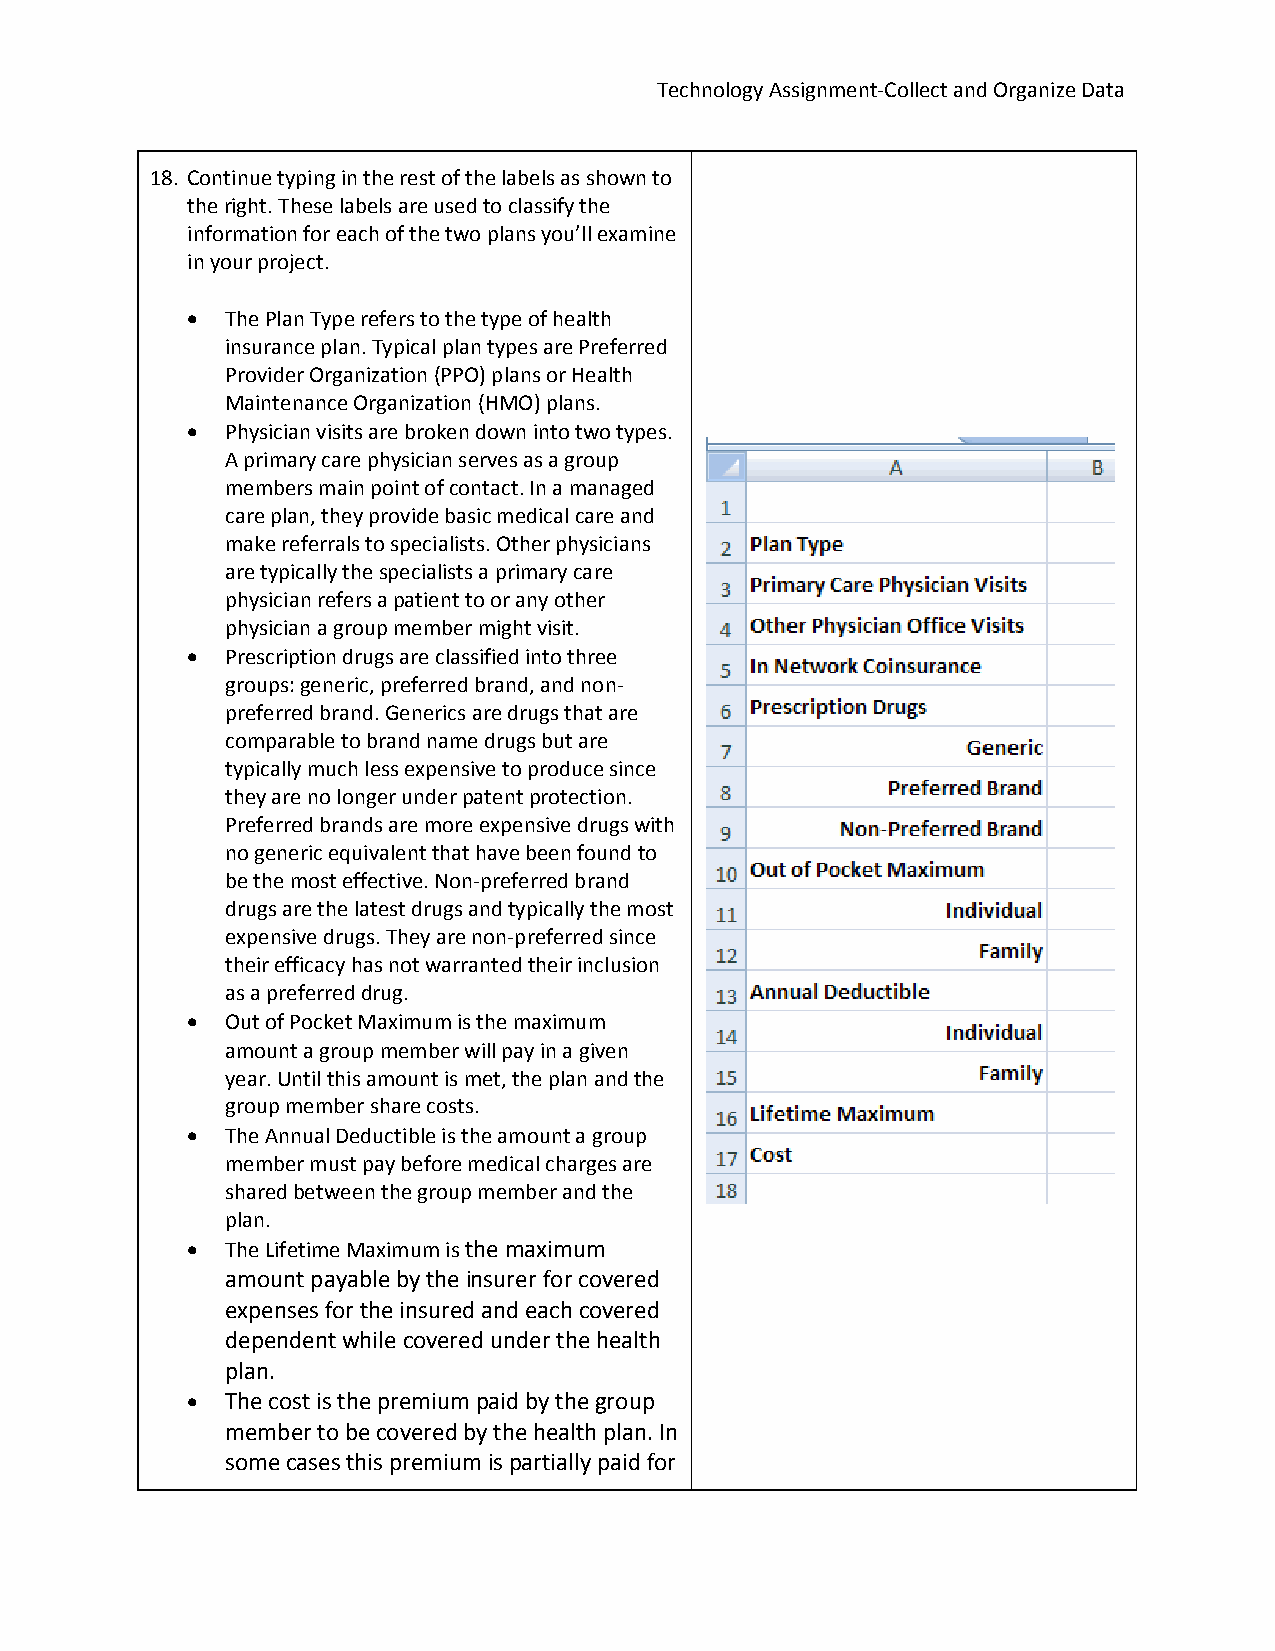
Technology Assignment‐Collect and Organize Data
 18. Continue typing in the rest of the labels as shown to
 the right. These labels are used to classify the
 information for each of the two plans you’ll examine
 in your project.
   The Plan Type refers to the type of health
 insurance plan. Typical plan types are Preferred
 Provider Organization (PPO) plans or Health
 Maintenance Organization (HMO) plans.
   Physician visits are broken down into two types.
 A primary care physician serves as a group
 members main point of contact. In a managed
 care plan, they provide basic medical care and
 make referrals to specialists. Other physicians
 are typically the specialists a primary care
 physician refers a patient to or any other
 physician a group member might visit.
   Prescription drugs are classified into three
 groups: generic, preferred brand, and non‐
 preferred brand. Generics are drugs that are
 comparable to brand name drugs but are
 typically much less expensive to produce since
 they are no longer under patent protection.
 Preferred brands are more expensive drugs with
 no generic equivalent that have been found to
 be the most effective. Non‐preferred brand
 drugs are the latest drugs and typically the most
 expensive drugs. They are non‐preferred since
 their efficacy has not warranted their inclusion
 as a preferred drug.
   Out of Pocket Maximum is the maximum
 amount a group member will pay in a given
 year. Until this amount is met, the plan and the
 group member share costs.
   The Annual Deductible is the amount a group
 member must pay before medical charges are
 shared between the group member and the
 plan.
   The Lifetime Maximum is the maximum
 amount payable by the insurer for covered
 expenses for the insured and each covered
 dependent while covered under the health
 plan.
   The cost is the premium paid by the group
 member to be covered by the health plan. In
 some cases this premium is partially paid for